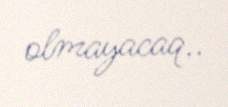
olmayacaq..